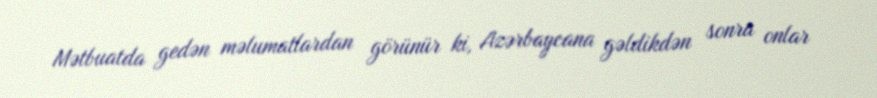
Mətbuatda gedən məlumatlardan görünür ki, Azərbaycana gəldikdən sonra onlar